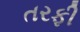
તરફી